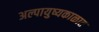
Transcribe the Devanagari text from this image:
अल्पायुष्यकाळात